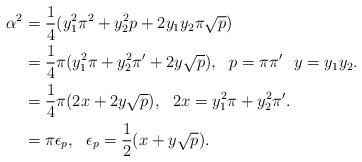
LaTeX: \begin{align*} \alpha^2 & = \frac{1}{4}(y_1^2\pi^2+y_2^2p+2y_1y_2\pi\sqrt p)\\ &= \frac{1}{4}\pi(y_1^2\pi+y_2^2\pi'+2y\sqrt p),\ \ p=\pi\pi'\ \ y=y_1y_2.\\ &= \frac{1}{4}\pi(2x+2y\sqrt p),\ \ 2x=y_1^2\pi+y_2^2\pi'.\\ &= \pi\epsilon_{p},\ \ \epsilon_{p}=\frac{1}{2}(x+y\sqrt p). \end{align*}